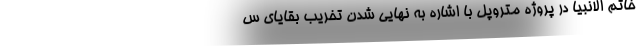
خاتم الانبیا در پروژه متروپل با اشاره به نهایی شدن تخریب بقایای س